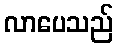
လာပေသည်